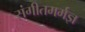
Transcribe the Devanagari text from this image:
संगीतमर्मज्ञ